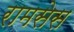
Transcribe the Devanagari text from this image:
रामसेस